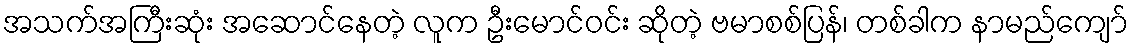
အသက်အကြီးဆုံး အဆောင်နေတဲ့ လူက ဦးမောင်ဝင်း ဆိုတဲ့ ဗမာစစ်ပြန်၊ တစ်ခါက နာမည်ကျော်